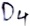
Text: D4